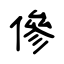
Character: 傪